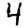
Digit: 4